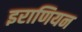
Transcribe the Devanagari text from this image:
इराणियन